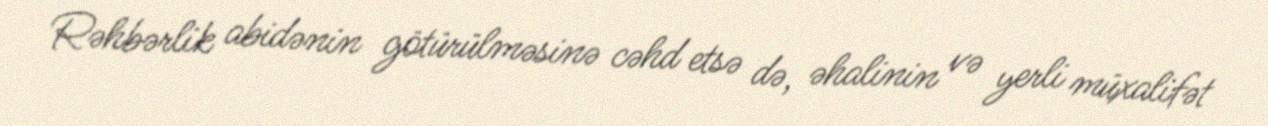
Rəhbərlik abidənin götürülməsinə cəhd etsə də, əhalinin və yerli müxalifət